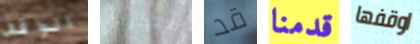
الواقف مبكرين قد قدمنا اوقفها